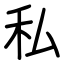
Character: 私